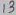
Text: 13